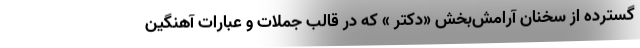
گسترده از سخنان آرامش‌بخش «دکتر » که در قالب جملات و عبارات آهنگین